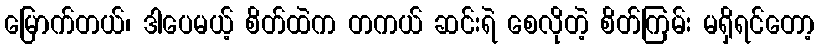
မြောက်တယ်၊ ဒါပေမယ့် စိတ်ထဲက တကယ် ဆင်းရဲ စေလိုတဲ့ စိတ်ကြမ်း မရှိရင်တော့